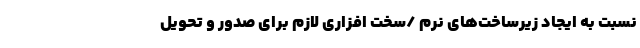
نسبت به ایجاد زیرساخت‌های نرم /سخت افزاری لازم برای صدور و تحویل